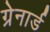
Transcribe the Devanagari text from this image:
ग्रेनार्ड